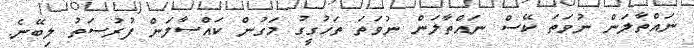
ނައްތާލަން ނުވަތަ ކޭސް ނައްތާލަން ނުވަތަ ތަހުގީގު މަގުން ކައްސާލަން ފުރުސަތު ލިބޭނެ.